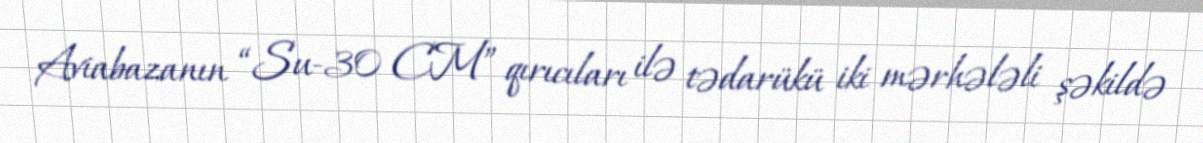
Aviabazanın “Su-30 CM” qırıcıları ilə tədarükü iki mərhələli şəkildə